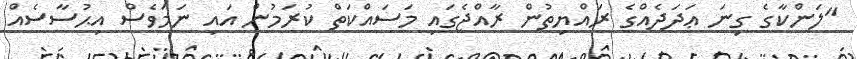
"ލަންކާގެ ގިނަ ޢަދަދެއްގެ ރައްޔިތުން ރާއްޖެގައި މަސައްކަތް ކުރަމުން އައި ނަމަވެސް އިޙުސާސެއް